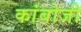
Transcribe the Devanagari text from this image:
कांबोजी